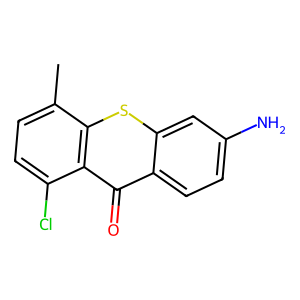
SMILES: Cc1ccc(Cl)c2c(=O)c3ccc(N)cc3sc12
Inhibits HIV replication: No